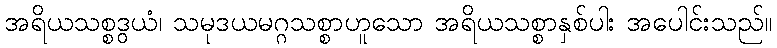
အရိယသစ္စဒွယံ၊ သမုဒယမဂ္ဂသစ္စာဟူသော အရိယသစ္စာနှစ်ပါး အပေါင်းသည်။